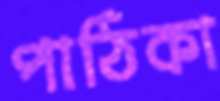
পাঠিকা